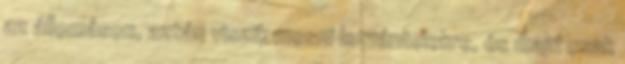
az állomáson, aztán viszik mosni Istvántelekre, és majd csak